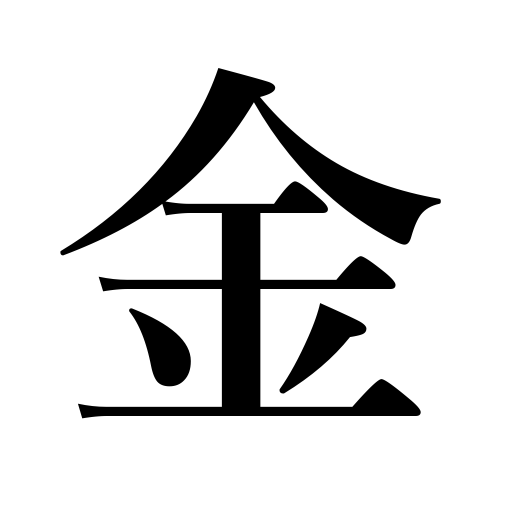
Meanings: Friday,gold,metal,money